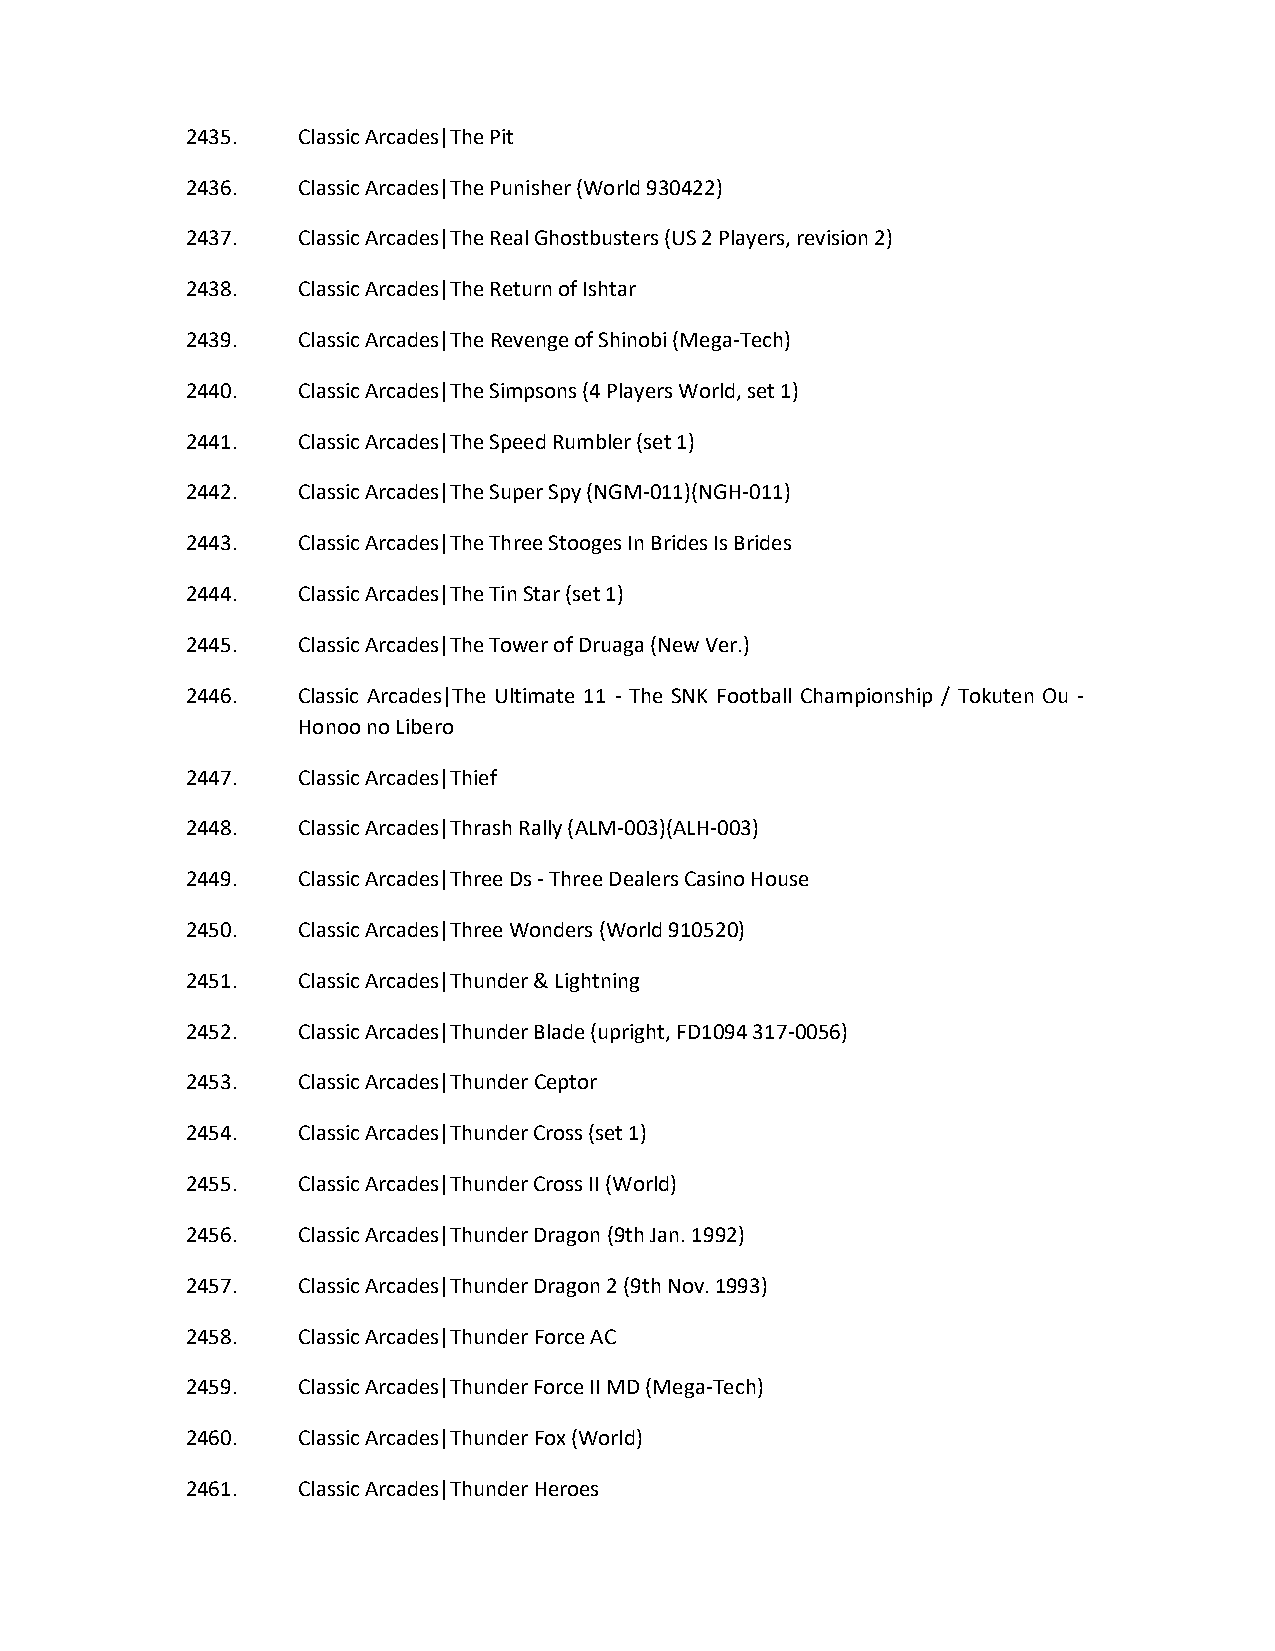
2435.   Classic Arcades|The Pit
 2436.   Classic Arcades|The Punisher (World 930422)
 2437.   Classic Arcades|The Real Ghostbusters (US 2 Players, revision 2)
 2438.   Classic Arcades|The Return of Ishtar
 2439.   Classic Arcades|The Revenge of Shinobi (Mega-Tech)
 2440.   Classic Arcades|The Simpsons (4 Players World, set 1)
 2441.   Classic Arcades|The Speed Rumbler (set 1)
 2442.   Classic Arcades|The Super Spy (NGM-011)(NGH-011)
 2443.   Classic Arcades|The Three Stooges In Brides Is Brides
 2444.   Classic Arcades|The Tin Star (set 1)
 2445.   Classic Arcades|The Tower of Druaga (New Ver.)
 2446.   Classic Arcades|The Ultimate 11 - The SNK Football Championship / Tokuten Ou -
 Honoo no Libero
 2447.   Classic Arcades|Thief
 2448.   Classic Arcades|Thrash Rally (ALM-003)(ALH-003)
 2449.   Classic Arcades|Three Ds - Three Dealers Casino House
 2450.   Classic Arcades|Three Wonders (World 910520)
 2451.   Classic Arcades|Thunder & Lightning
 2452.   Classic Arcades|Thunder Blade (upright, FD1094 317-0056)
 2453.   Classic Arcades|Thunder Ceptor
 2454.   Classic Arcades|Thunder Cross (set 1)
 2455.   Classic Arcades|Thunder Cross II (World)
 2456.   Classic Arcades|Thunder Dragon (9th Jan. 1992)
 2457.   Classic Arcades|Thunder Dragon 2 (9th Nov. 1993)
 2458.   Classic Arcades|Thunder Force AC
 2459.   Classic Arcades|Thunder Force II MD (Mega-Tech)
 2460.   Classic Arcades|Thunder Fox (World)
 2461.   Classic Arcades|Thunder Heroes